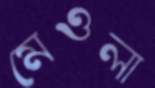
মেওলা